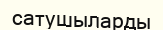
сатушыларды